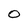
Character: O